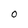
Character: 0